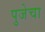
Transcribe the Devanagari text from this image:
पुजेचा